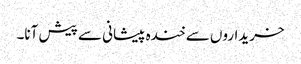
خریداروں سے خندہ پیشانی سے پیش آنا۔